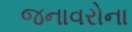
જનાવરોના